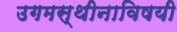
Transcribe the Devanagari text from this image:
उगमस्थीनाविषयी